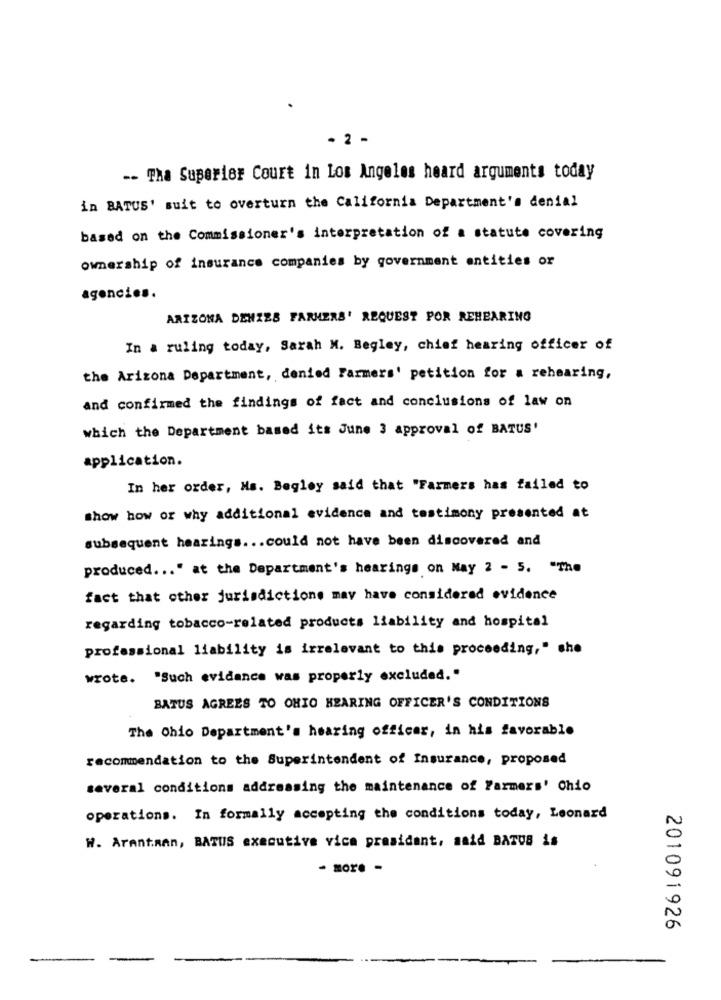
- 2 -
-- Tha Superior Court in Los Angeles heard arguments today
in BATUS' suit to overturn the California Department's denial
based on the Commissioner's interpretation of a statute covering
ownership of insurance companies by government entities or
agencies.
ARIZONA DENZES FARMERS' REQUEST POR REHEARING
In a ruling today, Sarah M. Begley, chief hearing officer of
the Arizona Department, denied Farmers' petition for a rehearing,
and confirmed the findings of fact and conclusions of law on
which the Department based its June 3 approval of BATUS'
application.
In her order, Ms. Begley said that "Farmers has failed to
show how or why additional evidence and testimony presented at
subsequent hearings ... could not have been discovered and
produced ... " at the Department's hearings on May 2 - 5. "The
fact that other jurisdictione may have considered evidence
regarding tobacco-related products liability and hospital
professional liability is irrelevant to this proceeding," she
wrote. "Such evidence was properly excluded."
BATUS AGREES TO OHIO HEARING OFFICER'S CONDITIONS
The Ohio Department's hearing officer, in his favorable
recommendation to the Superintendent of Insurance, proposed
several conditions addressing the maintenance of Farmers' Chio
operations. In formally accepting the conditions today, Leonard
W. Arantman, BATUS executive vice president, said BATUB is
- more -
201091926